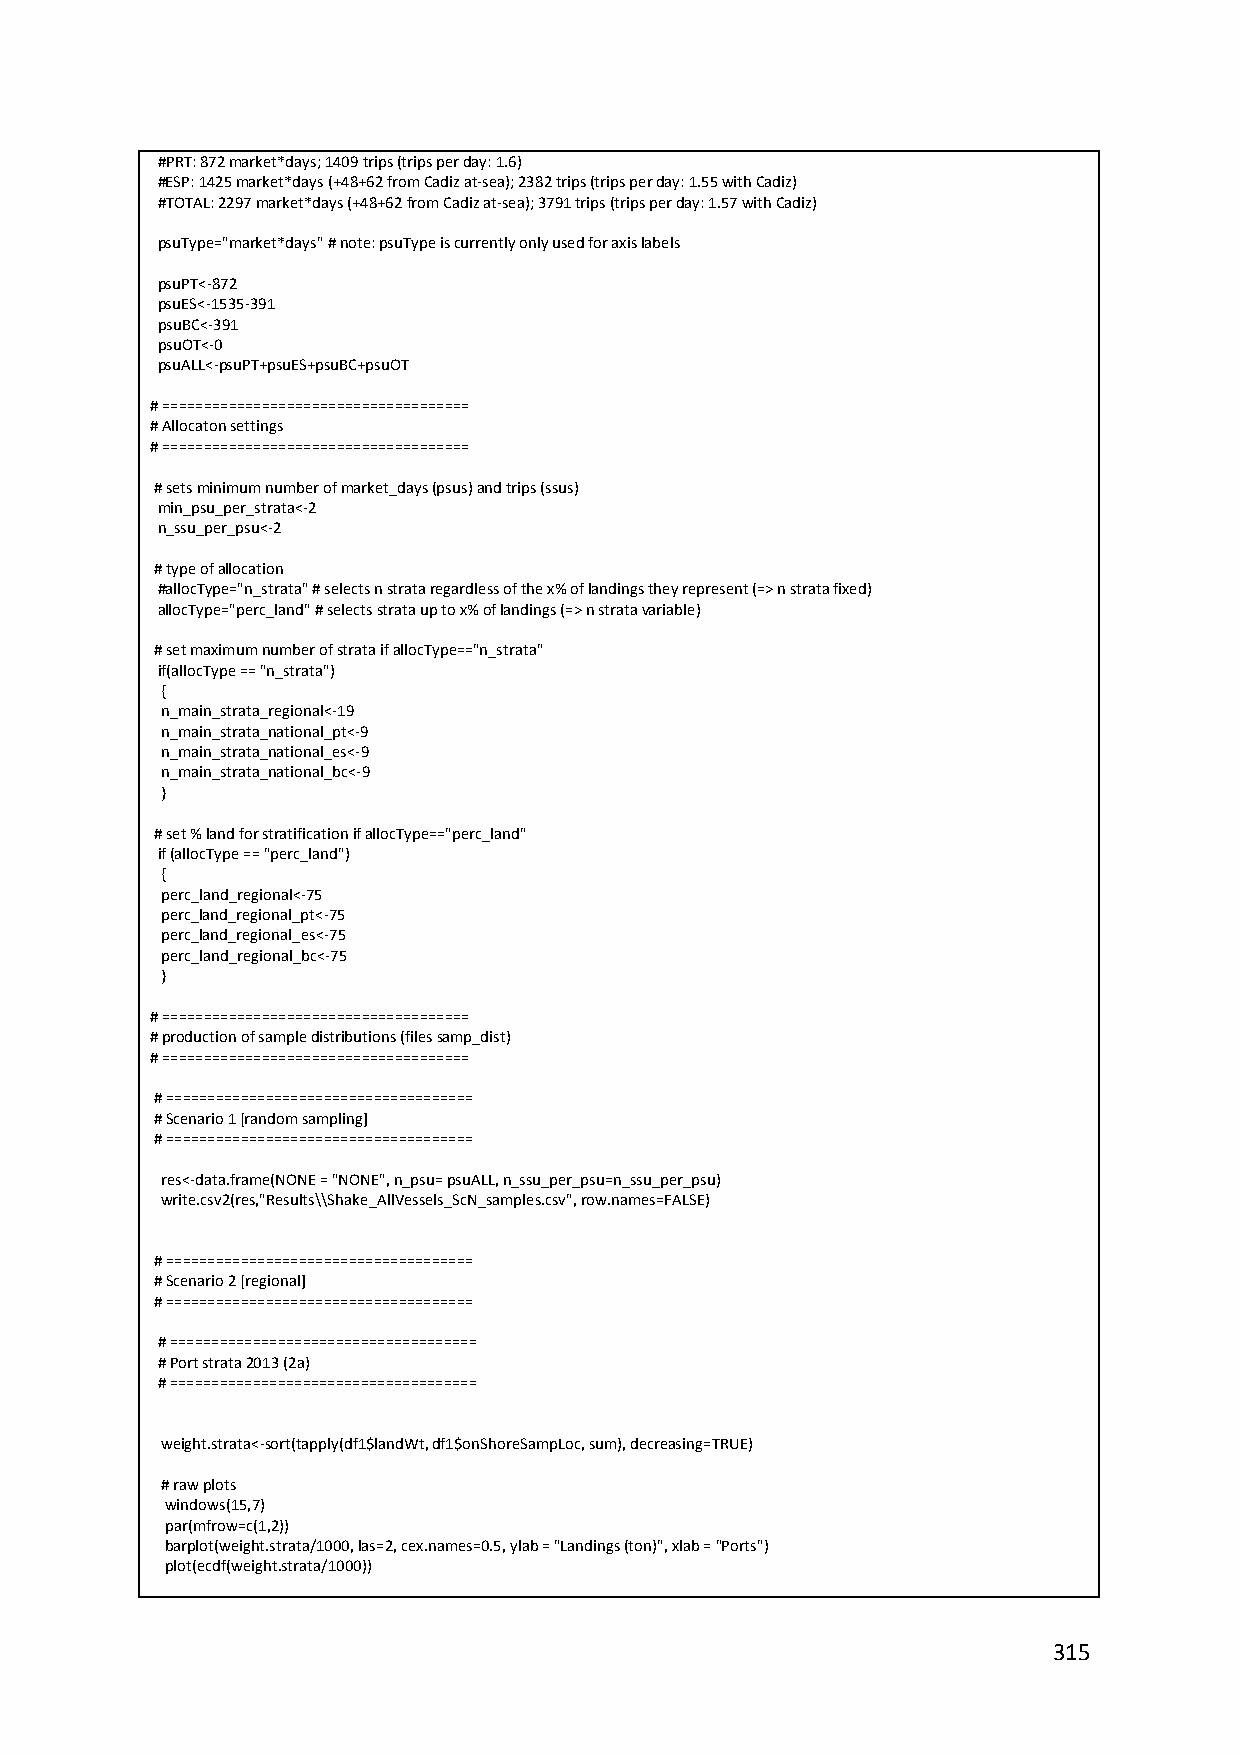
#PRT: 872 market*days; 1409 trips (trips per day: 1.6)
 #ESP: 1425 market*days (+48+62 from Cadiz at‐sea); 2382 trips (trips per day: 1.55 with Cadiz)
 #TOTAL: 2297 market*days (+48+62 from Cadiz at‐sea); 3791 trips (trips per day: 1.57 with Cadiz)
 psuType="market*days" # note: psuType is currently only used for axis labels
 psuPT<‐872
 psuES<‐1535‐391
 psuBC<‐391
 psuOT<‐0
 psuALL<‐psuPT+psuES+psuBC+psuOT
 # =====================================
 # Allocaton settings
 # =====================================
 # sets minimum number of market_days (psus) and trips (ssus)
 min_psu_per_strata<‐2
 n_ssu_per_psu<‐2
 # type of allocation
 #allocType="n_strata" # selects n strata regardless of the x% of landings they represent (=> n strata fixed)
 allocType="perc_land" # selects strata up to x% of landings (=> n strata variable)
 # set maximum number of strata if allocType=="n_strata"
 if(allocType == "n_strata")
 {
 n_main_strata_regional<‐19
 n_main_strata_national_pt<‐9
 n_main_strata_national_es<‐9
 n_main_strata_national_bc<‐9
 }
 # set % land for stratification if allocType=="perc_land"
 if (allocType == "perc_land")
 {
 perc_land_regional<‐75
 perc_land_regional_pt<‐75
 perc_land_regional_es<‐75
 perc_land_regional_bc<‐75
 }
 # =====================================
 # production of sample distributions (files samp_dist)
 # =====================================
 # =====================================
 # Scenario 1 [random sampling]
 # =====================================
 res<‐data.frame(NONE = "NONE", n_psu= psuALL, n_ssu_per_psu=n_ssu_per_psu)
 write.csv2(res,"Results\\Shake_AllVessels_ScN_samples.csv", row.names=FALSE)
 # =====================================
 # Scenario 2 [regional]
 # =====================================
 # =====================================
 # Port strata 2013 (2a)
 # =====================================
 weight.strata<‐sort(tapply(df1$landWt, df1$onShoreSampLoc, sum), decreasing=TRUE)
 # raw plots
 windows(15,7)
 par(mfrow=c(1,2))
 barplot(weight.strata/1000, las=2, cex.names=0.5, ylab = "Landings (ton)", xlab = "Ports")
 plot(ecdf(weight.strata/1000))
 315